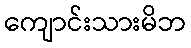
ကျောင်းသားမိဘ